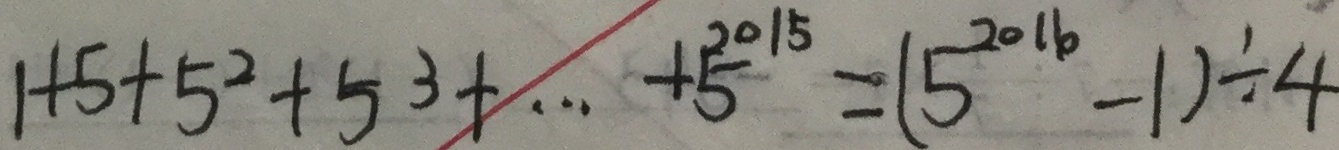
1 + 5 + 5 ^ { 2 } + 5 ^ { 3 } + \cdots + 5 ^ { 2 0 1 5 } = ( 5 ^ { 2 0 1 6 } - 1 ) \div 4